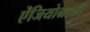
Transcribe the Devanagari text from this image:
ऐंजियोग्राफी